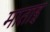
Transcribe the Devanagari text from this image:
माताइ